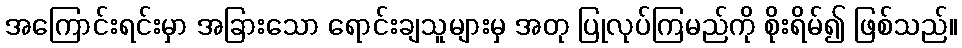
အကြောင်းရင်းမှာ အခြားသော ရောင်းချသူများမှ အတု ပြုလုပ်ကြမည်ကို စိုးရိမ်၍ ဖြစ်သည်။